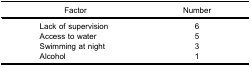
| Factor | Number |
 | --- | --- |
 | Lack of supervision | 6 |
 | Access to water | 5 |
 | Swimming at night | 3 |
 | Alcohol | 1 |